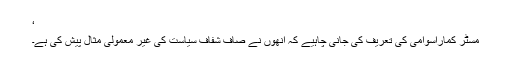
‘
مسٹر کماراسوامی کی تعریف کی جانی چاہیے کہ انھوں نے صاف شفاف سیاست کی غیر معمولی مثال پیش کی ہے۔